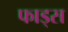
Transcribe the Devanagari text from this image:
फाड्स